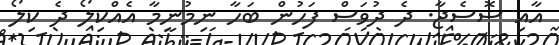
އާއި ސޮސެޖާ. ދެ ދުވަސް ފަހުން ބަހާ ނިމުނީމާ އެއްކިލޯ ދެ ކިލޯ